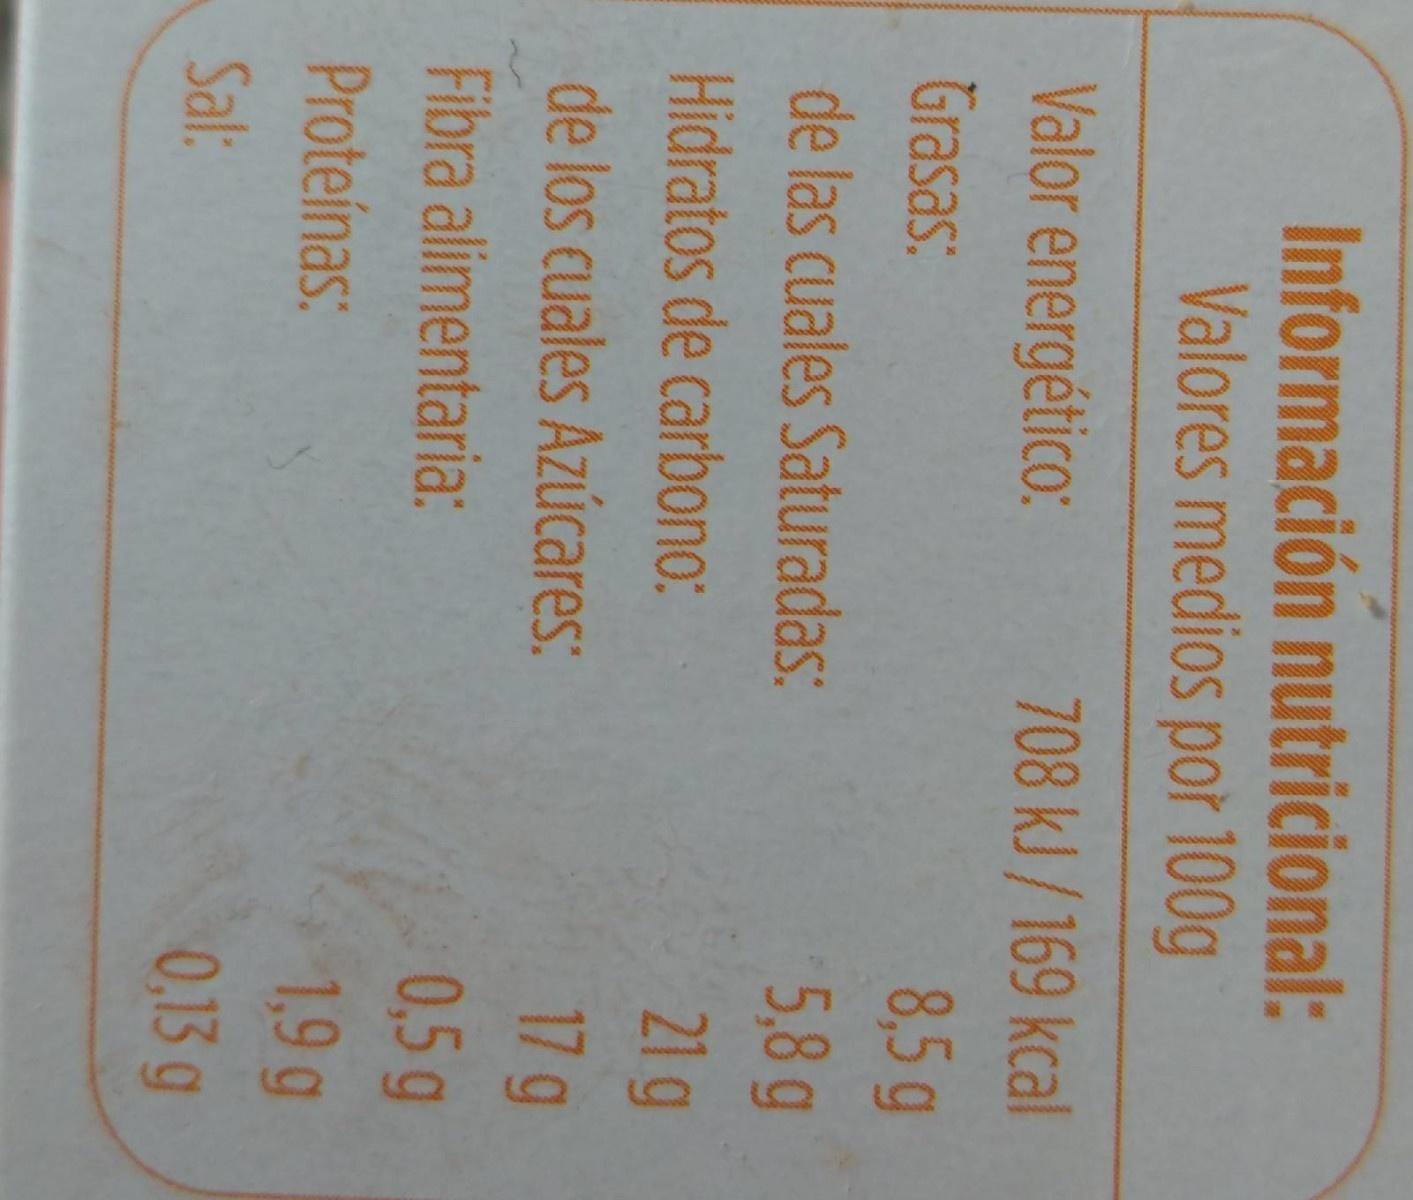
Información nutricional: Valores medios por 100g
Valor energético:
708 kJ/169 kcal
Grasas:
8,5g
de las cuales Saturadas:
5,8 g
Hidratos de carbono:
21g
de los cuales Azúcares:
17 g
0,5g 1,9g
Fibra alimentaria:
Proteínas:
Sal:
0.13 g